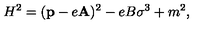
H ^ { 2 } = ( { \bf p } - e { \bf A } ) ^ { 2 } - e B \sigma ^ { 3 } + m ^ { 2 } ,